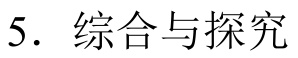
5. 综合与探究